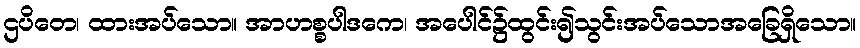
ဌပိတေ၊ ထားအပ်သော။ အာဟစ္စပါဒကေ၊ အပေါင်၌ထွင်း၍သွင်းအပ်သောအခြေရှိသော။